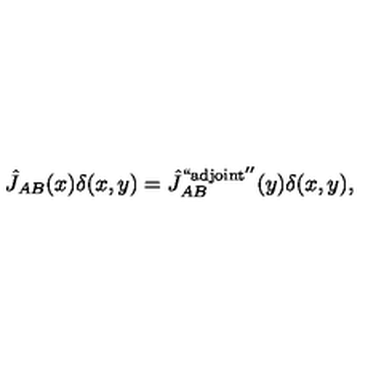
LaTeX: \hat { J } _ { A B } ( x ) \delta ( x , y ) = { \hat { J } } _ { A B } ^ { \mathrm { ` ` a d j o i n t ^ { \prime \prime } } } ( y ) \delta ( x , y ) ,